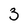
Character: 3